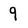
Character: 9